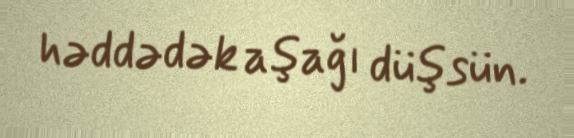
həddədək aşağı düşsün.